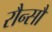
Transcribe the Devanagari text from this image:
रौन्सौ